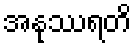
အနုဿရတိ